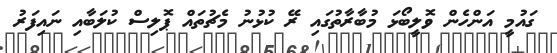
ގައުމީ އަންހެން ވޮލީބޯޅަ މުބާރާތުގައި ރޭ ކުޅުނު މެޗުތައް ޕޮލިސް ކުލަބާއި ނައިފަރު